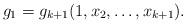
LaTeX: \begin{align*}g_1 = g_{k+1}(1,x_2, \ldots,x_{k+1}).\end{align*}